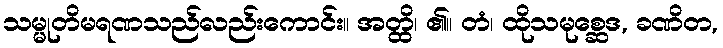
သမ္မုတိမရဏသည်လည်းကောင်း။ အတ္ထိ၊ ၏။ တံ၊ ထိုသမုစ္ဆေဒ, ခဏိတ,